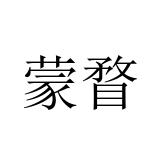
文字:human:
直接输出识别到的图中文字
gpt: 蒙瞀